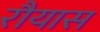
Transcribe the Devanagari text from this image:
रौयास